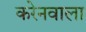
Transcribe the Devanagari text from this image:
करेनवाला